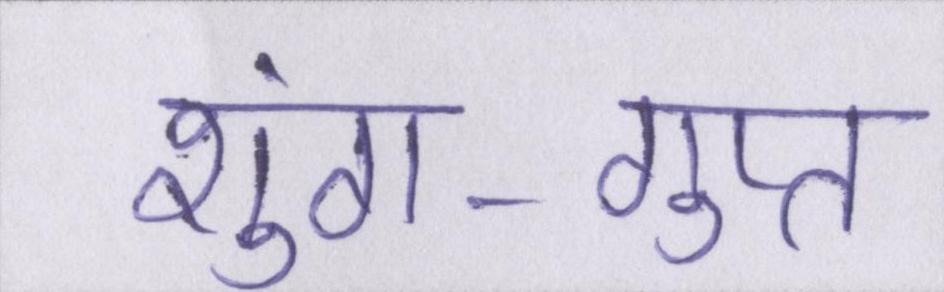
शुंग-गुप्त